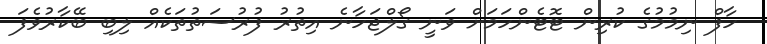
ހާފް ނިމުމުގެ ކުރިން ޓޮޓެންހަމަށް ވަނީ ގޯލްޖަހާނެ އިތުރު ފުރުސަތުތަކެއް ލިބި ބޭކާރުވެފަ